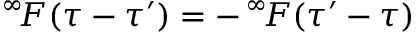
^ { \infty } \! F ( \tau - \tau ^ { \prime } ) = - \, ^ { \infty } \! F ( \tau ^ { \prime } - \tau )